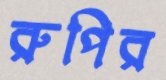
রুপির